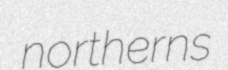
northerns